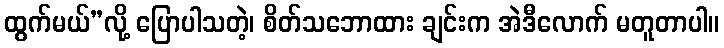
ထွက်မယ်”လို့ ပြောပါသတဲ့၊ စိတ်သဘောထား ချင်းက အဲဒီလောက် မတူတာပါ။